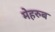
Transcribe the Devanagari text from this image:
मेहरुब